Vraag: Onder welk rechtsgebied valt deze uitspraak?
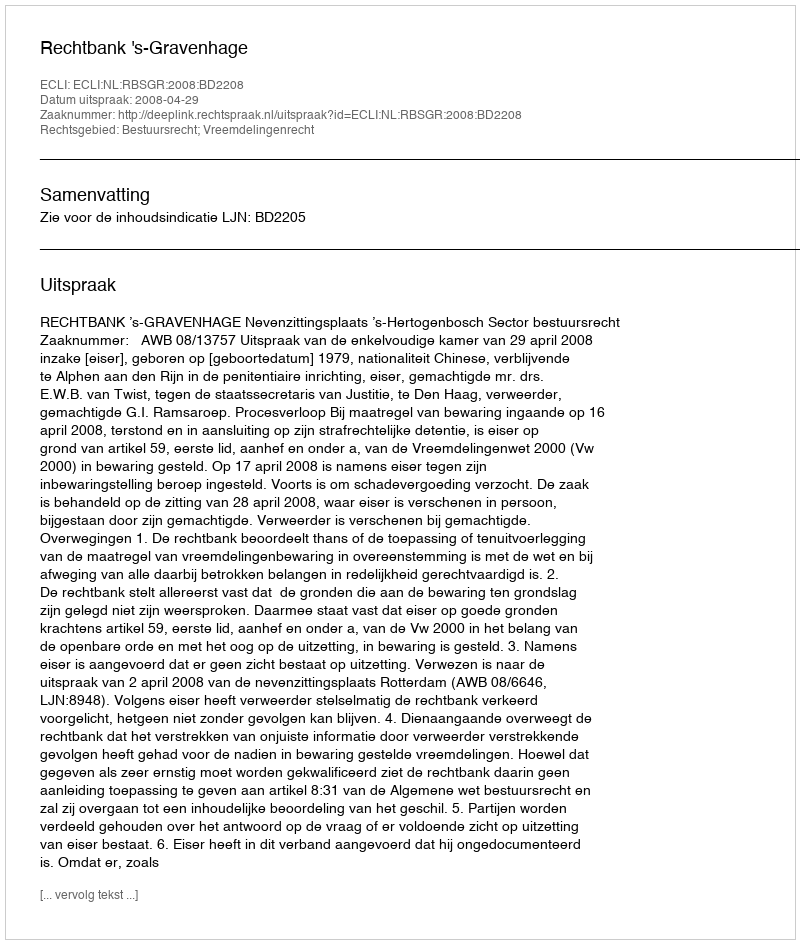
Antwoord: Bestuursrecht; Vreemdelingenrecht